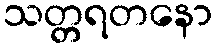
သတ္တရတနော